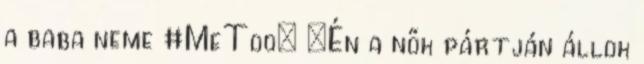
a baba neme #MeToo: „Én a nők pártján állok